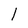
Character: l